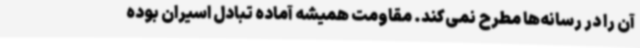
آن را در رسانه‌ها مطرح نمی‌کند. مقاومت همیشه آماده تبادل اسیران بوده